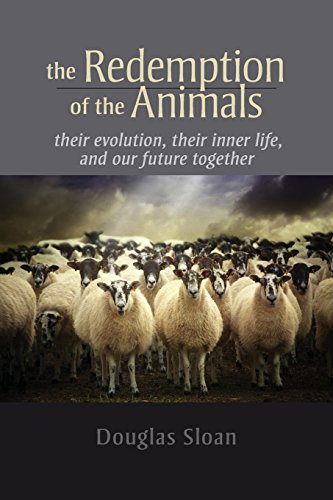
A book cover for The Redemption of the Animals; Douglas Sloan; Science & Math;